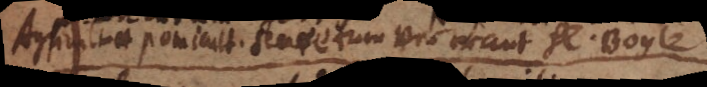
Agricult. et pomicult. secretum verwant Herr Boyle.